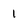
Character: 1